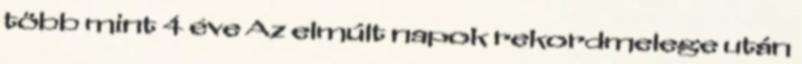
több mint 4 éve Az elmúlt napok rekordmelege után